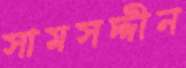
সামসদ্দীন